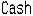
CASH